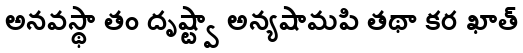
అనవస్థా తం దృష్ట్వా అన్యషామపి తథా కర ఖాత్